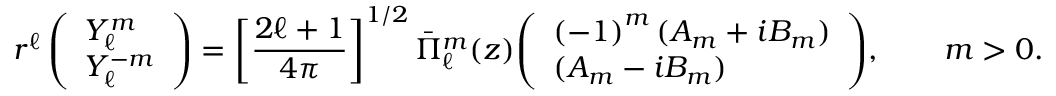
r ^ { \ell } \, { \left( \begin{array} { l } { Y _ { \ell } ^ { m } } \\ { Y _ { \ell } ^ { - m } } \end{array} \right) } = \left[ { \frac { 2 \ell + 1 } { 4 \pi } } \right] ^ { 1 / 2 } { \bar { \Pi } } _ { \ell } ^ { m } ( z ) { \left( \begin{array} { l } { \left( - 1 \right) ^ { m } ( A _ { m } + i B _ { m } ) } \\ { ( A _ { m } - i B _ { m } ) } \end{array} \right) } , \qquad m > 0 .